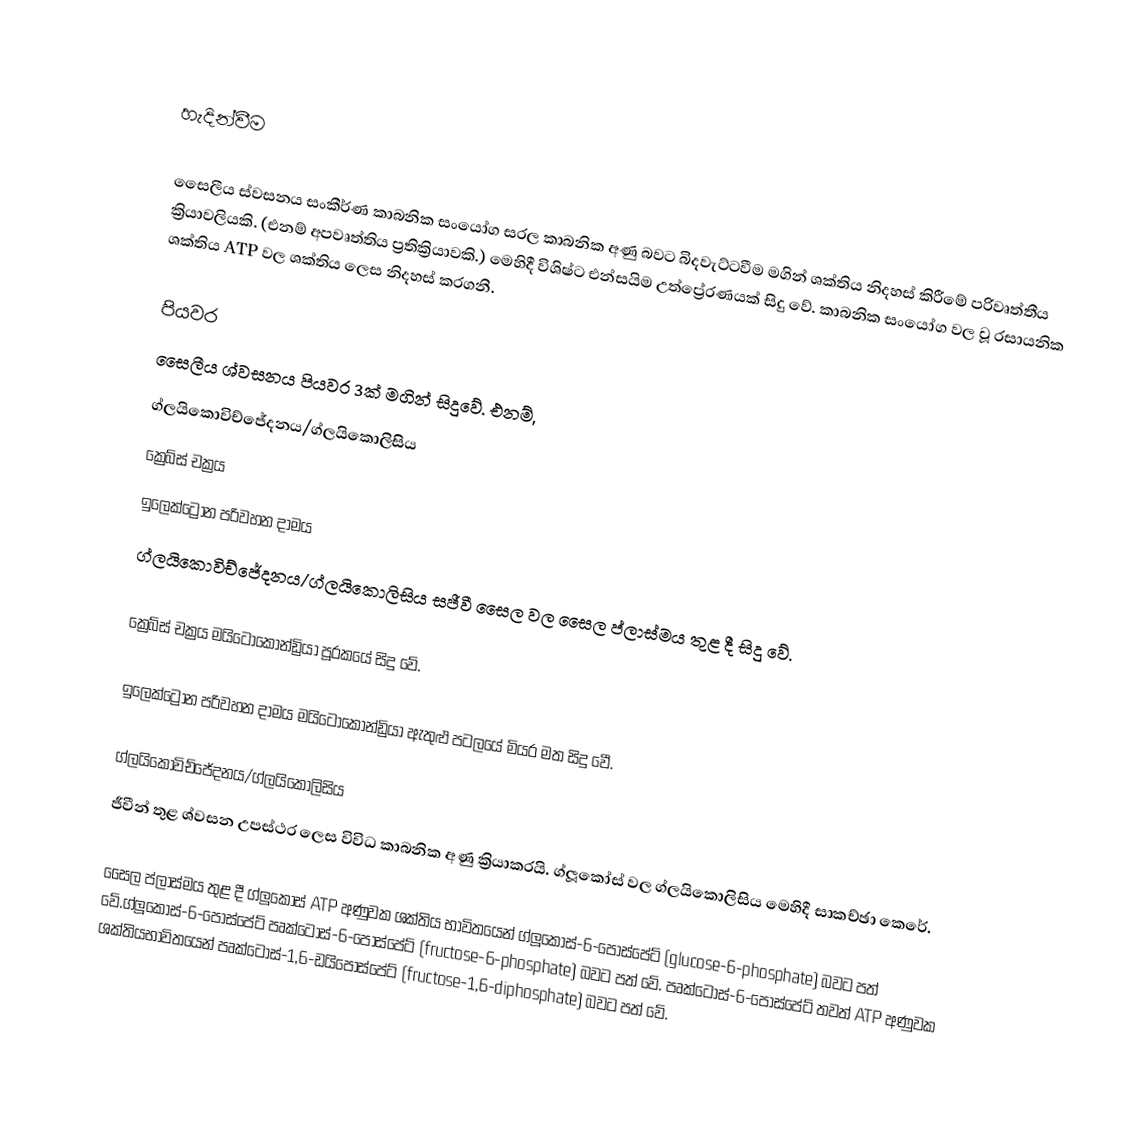

හැදින්වීම

සෛලීය ස්වසනය සංකීර්ණ කාබනික සංයෝග සරල කාබනික අණු බවට බිදවැට්ටවීම මගින් ශක්තිය නිදහස් කිරීමේ පරිවෘත්තීය ක්‍රියාවලියකි. (එනම් අපවෘත්තිය ප්‍රතික්‍රියාවකි.) මෙහිදී විශිෂ්ට එන්සයිම උත්ප්‍රේරණයක් සිදු වේ. කාබනික සංයෝග වල වූ රසායනික ශක්තිය ATP වල ශක්තිය ලෙස නිදහස් කරගනී.

පියවර
සෛලීය ශ්වසනය පියවර 3ක් මගින් සිදුවේ. එනම්,
 ග්ලයිකොවිච්ජේදනය/ග්ලයිකොලිසිය
 ක්‍රෙබ්ස් චක්‍රය
 ඉලෙක්ට්‍රෝන පරිවහන දාමය
ග්ලයිකොවිච්ජේදනය/ග්ලයිකොලිසිය සජීවී සෛල වල සෛල ප්ලාස්මය තුළ දී සිදු වේ.

ක්‍රෙබ්ස් චක්‍රය මයිට‍ොකොන්ඩ්‍රියා පූරකයේ සිදු වේ.

ඉලෙක්ට්‍රෝන පරිවහන දාමය මයිට‍ොකොන්ඩ්‍රියා ඇතුළු පටලයේ මියර මත සිදු වෙී.

ග්ලයිකොවිච්ජේදනය/ග්ලයිකොලිසිය
ජීවීන් තුළ ශ්වසන උපස්ථර ලෙස විවිධ කාබනික අණු ක්‍රියාකරයි. ග්ලූකෝස් වල ග්ලයිකොලිසිය මෙහිදී සාකච්ඡා කෙරේ.

සෛල ප්ලාස්මය තුළ දී ග්ලූකෝස්  ATP අණුවක ශක්තිය භාවිතයෙන් ග්ලූකෝස්-6-පොස්පේට් (glucose-6-phosphate) බවට පත් වේ.ග්ලූකෝස්-6-පොස්පේට් පෘක්ටෝස්-6-පොස්පේට් (fructose-6-phosphate) බවට පත් වේ. පෘක්ටෝස්-6-පොස්පේට් තවත් ATP අණුවක ශක්තියභාවිතයෙන් පෘක්ටෝස්-1,6-ඩයිපොස්පේට් (fructose-1,6-diphosphate) බවට පත් වේ.